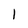
Character: 1